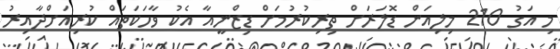
މި އަގު 210 މިލިއަން ޑޮލަރަށް ތިރިކުރުމަށް ޑިޒްނީއާ އެކު ވާހަކަތައް ކުރިއަށްދާއިރު